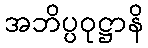
အဘိပ္ပဝုဋ္ဌာနိ